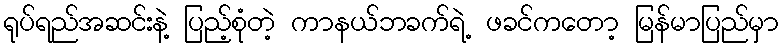
ရုပ်ရည်အဆင်းနဲ့ ပြည့်စုံတဲ့ ကာနယ်ဘခက်ရဲ့ ဖခင်ကတော့ မြန်မာပြည်မှာ